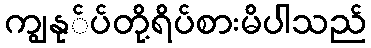
ကျွနု်ပ်တို့ရိပ်စားမိပါသည်